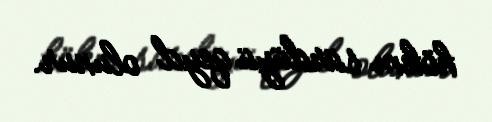
hökm sürdüyü qeyd olunur.